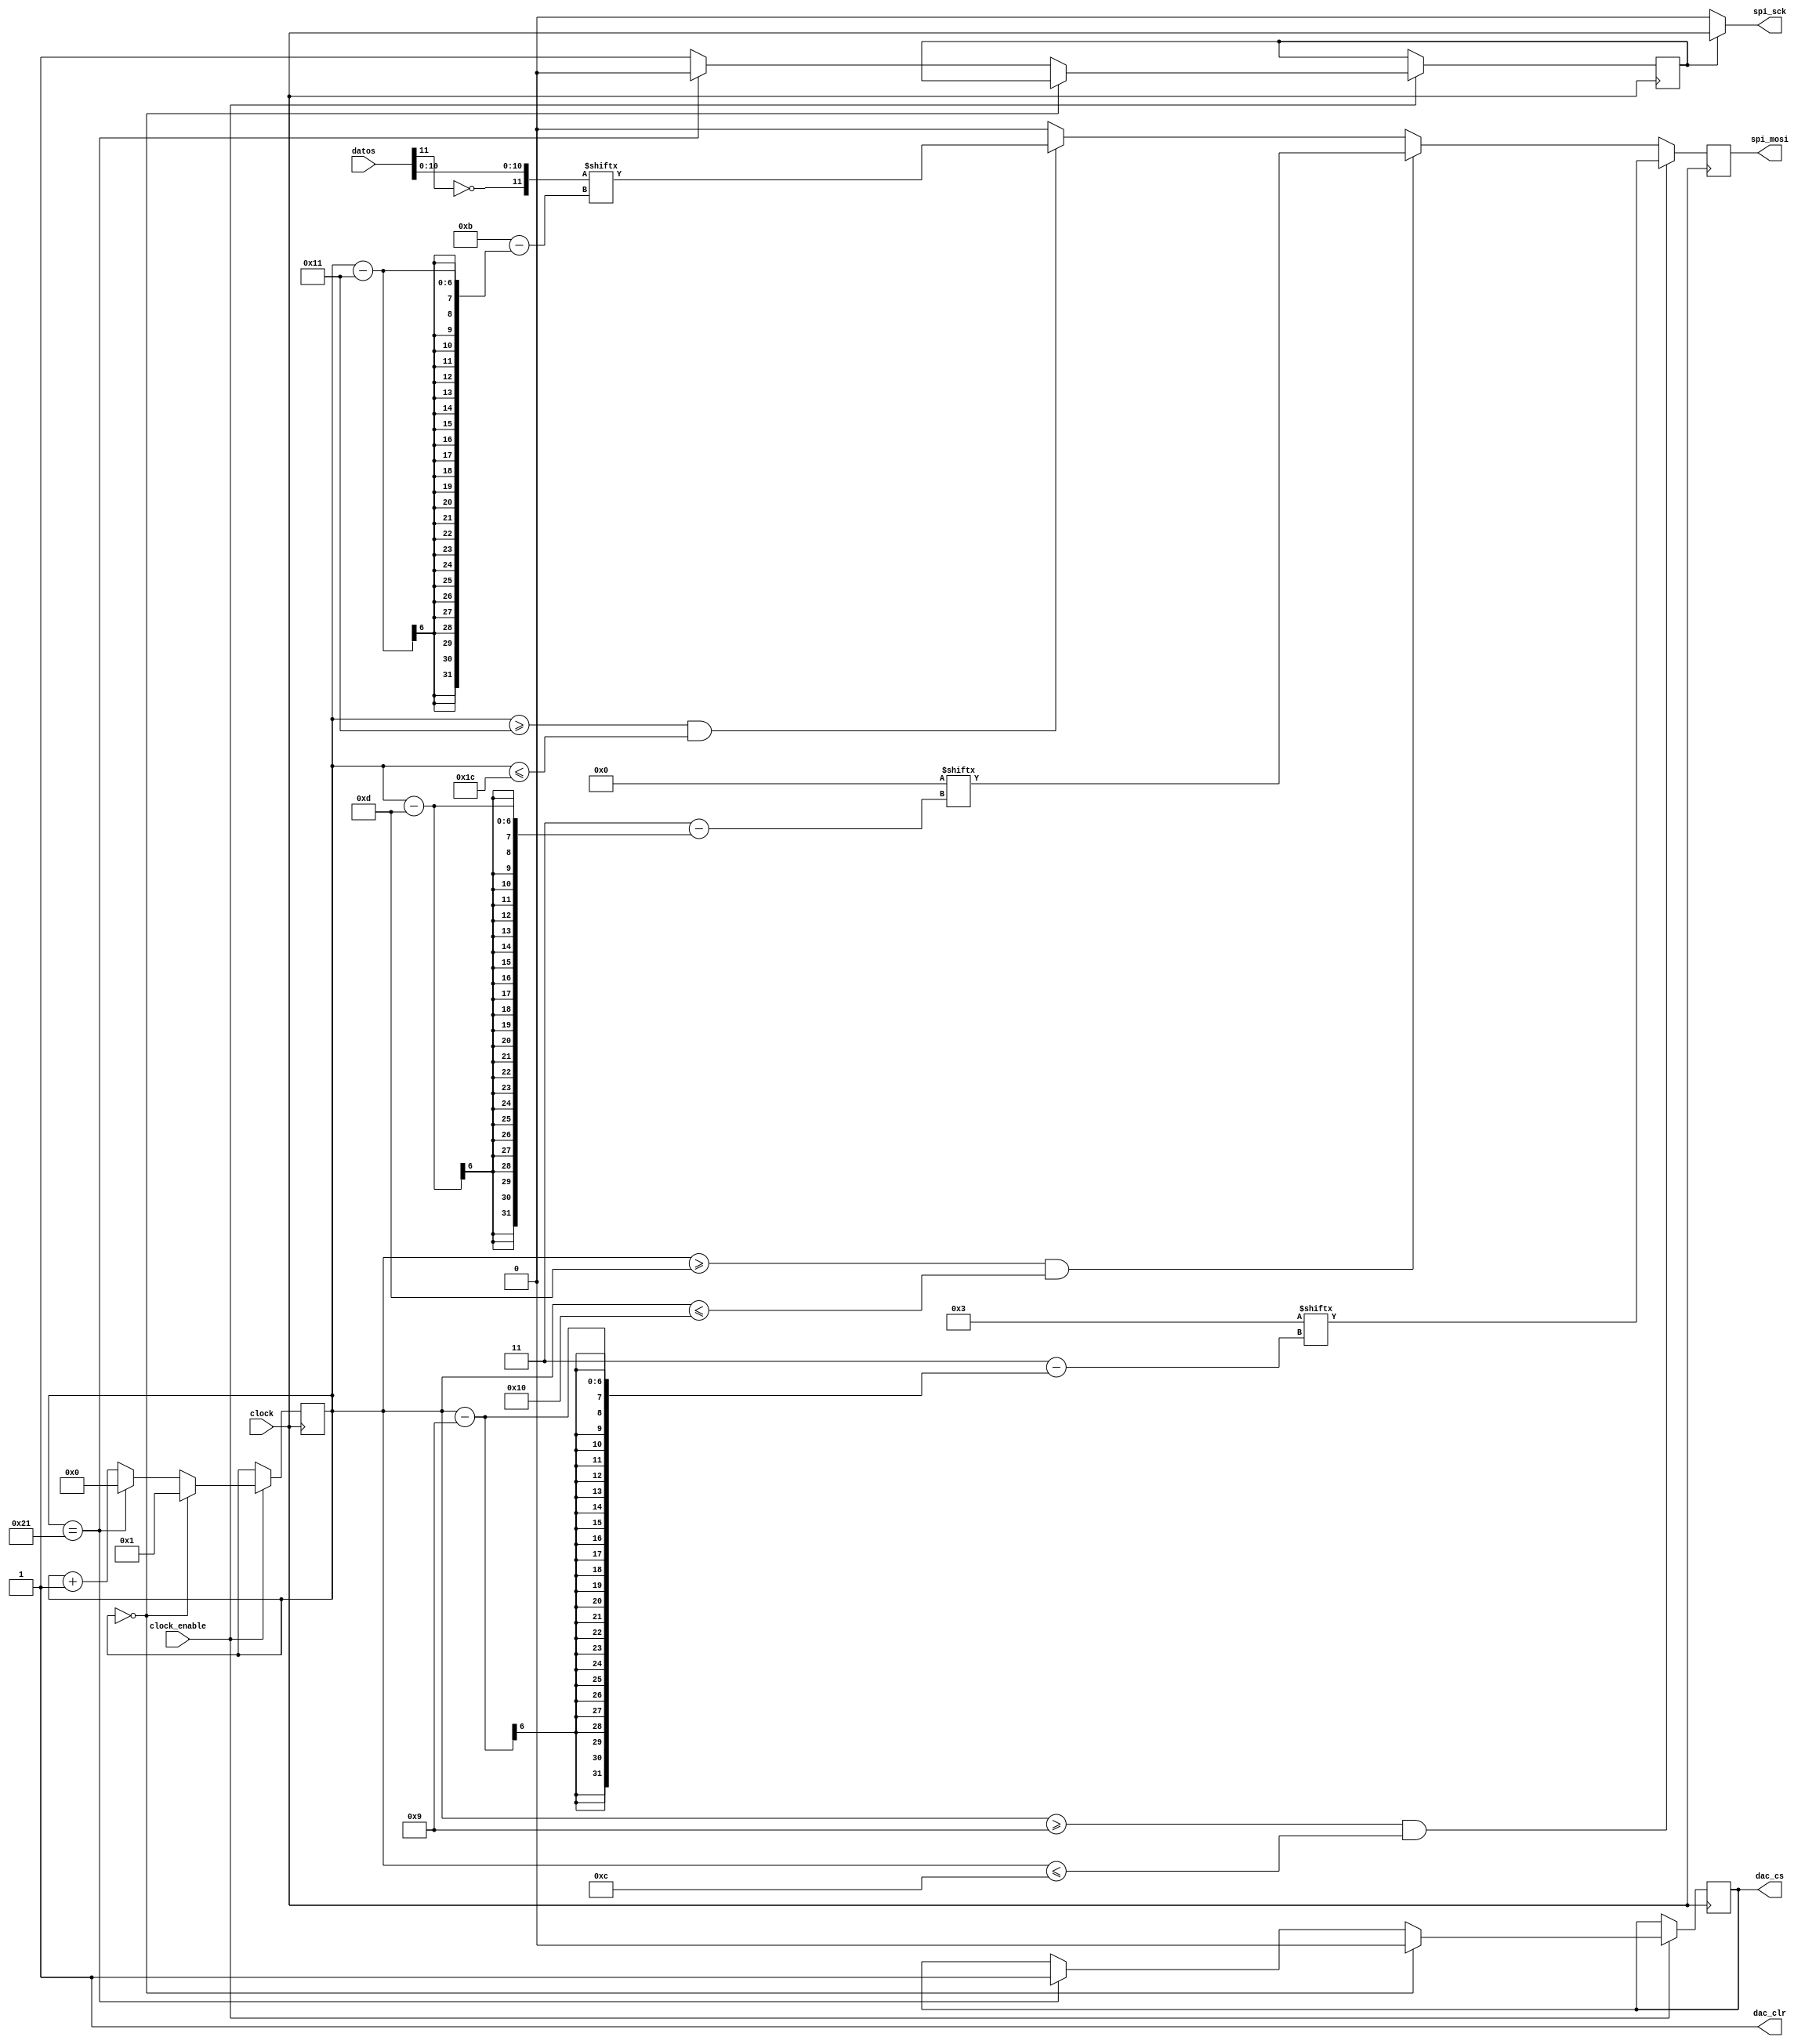
// Modulo encargado de hacer la conversion en DAC
module conversor_DAC(
    input clock,
    input clock_enable,
    input [0:11]datos,
	 
    output reg spi_mosi,
    output reg dac_cs,
    output spi_sck,
    output dac_clr
    );

wire [0:11]datos_2compl;
assign datos_2compl[0]=~datos[0];
assign datos_2compl[1:11]=datos[1:11];	// se hace la reescalacin de los datos en complemento
												// de 2 a un numero del tipo unsigned

//ADC escribe en complemento 2
//DAC lee en unsigned
	
//DAC necesita 1+32+1 bloques
//Bloque 34=0
//Ultimo bloque se utiliza para dejar DAC_CS en 1
// Asi no molestar a otros componentes del modulo SPI
reg [5:0]bloque;
reg estado_spi_sck;

reg [0:3]comando=4'b0011;	// comando para declarar las salidas del DAC antes de enviarlas
reg [0:3]direccion=4'b0000;	//Los datos del DAC salen en el pinA
//reg [0:3]direccion=4'b0001;	//Los datos del DAC salen en el pinB
//reg [0:3]direccion=4'b1111;	//Los datos del DAC salen en todos los pines

assign spi_sck=estado_spi_sck?clock:0;	// si el estado es uno se usa el SPI_SCK sino es 0
assign dac_clr=1;		// no esta activado el reseteo del DAC

initial begin
	dac_cs<=1;		// comienza el dac transformando datos no utilizando SPI
	bloque<=0;		// el resto de variables se inicializan en 0
	estado_spi_sck<=0;	
	spi_mosi<=0;	
end

always@(posedge clock) begin
if(clock_enable) begin	// si el canal SPI se habilita para la comunicacion con el DAC
	if(bloque==0) begin	
		bloque<=1;
		dac_cs<=0;	// se comienza la transmisin de datos hacia la FPGA
	end
	else if(bloque==33) begin	// se termina la transmision de los 32 bits de la GPGA 
		bloque<=0;					// se reinicia el conteo
		dac_cs<=1;					// se deshabilita la comunicacion con la FPGA y DAC transforma datos
		estado_spi_sck<=0;		// se deshabilita el uso del SPI_SCK como reloj
	end
	else begin 
		bloque<=bloque+1;			// mientras esta la comunicacion de los datos
		estado_spi_sck<=1;		// se comienza a utilizar el SPI_SCK como reloj
	end
end
end

always@(negedge clock) begin
	if(bloque>=9 & bloque<=12)				// despues de los 8 bits don't care
		spi_mosi<=comando[bloque-9];		// se envia el comando 0011
	else if(bloque>=13 & bloque<=16) 	// luego de enviar los comandos se envia la direccion del pin 
		spi_mosi<=direccion[bloque-13];	// de salida de la conversion
	else if(bloque>=17 & bloque<=28)		// luego enviado los protocolos se envia la seala convertir  
		spi_mosi<=datos_2compl[bloque-17];	// de 12 bits, se ordenan desde el bit LSB al MSB
		//spi_mosi<=datos_2compl[bloque-28];	//	se ordenan desde el bit LSB al MSB
	else
		spi_mosi<=0;	// en cualquier otro caso son bits don't care
end

endmodule